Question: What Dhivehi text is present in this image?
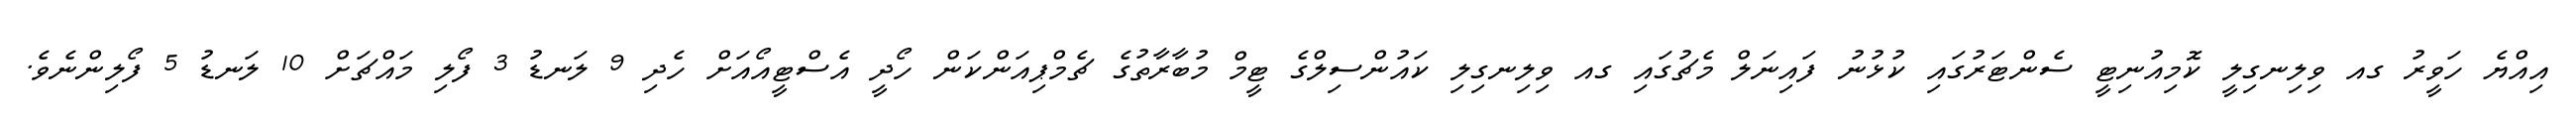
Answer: އިއްޔެ ހަވީރު ގއ ވިލިނގިލީ ކޮމިއުނިޓީ ސެންޓަރުގައި ކުޅުނު ފައިނަލް މެޗުގައި ގއ ވިލިނގިލި ކައުންސިލްގެ ޓީމް މުބާރާތުގެ ޗެމްޕިއަންކަން ހޯދީ އެސްޓީއޯއަށް ހެދި 9 ލަނޑު 3 ފޯލި މައްޗަށް 10 ލަނޑު 5 ފޯލިންނެވެ.